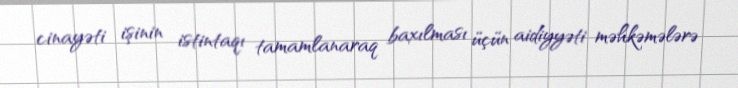
cinayəti işinin istintaqı tamamlanaraq baxılması üçün aidiyyəti məhkəmələrə